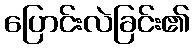
ပြောင်းလဲခြင်း၏